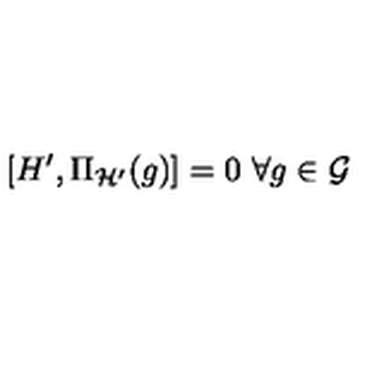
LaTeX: [ H ^ { \prime } , \Pi _ { \cal H ^ { \prime } } ( g ) ] = 0 \ \forall g \in { \cal G }